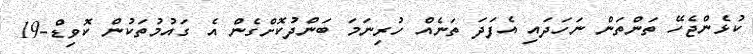
ކުޅެންޖެހޭ ތަންތަން ނަހަދައި އެފަދަ ތަނެއް ހުރިނަމަ ބަންދުކޮށްގެން އެ ގައުމުތަކުން ކޮވިޑް-19